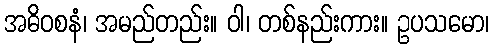
အဓိဝစနံ၊ အမည်တည်း။ ဝါ၊ တစ်နည်းကား။ ဥပသမော၊